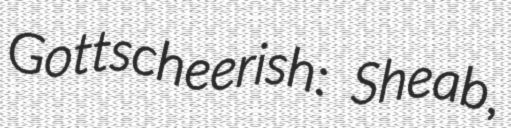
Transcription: Gottscheerish: Sheab,